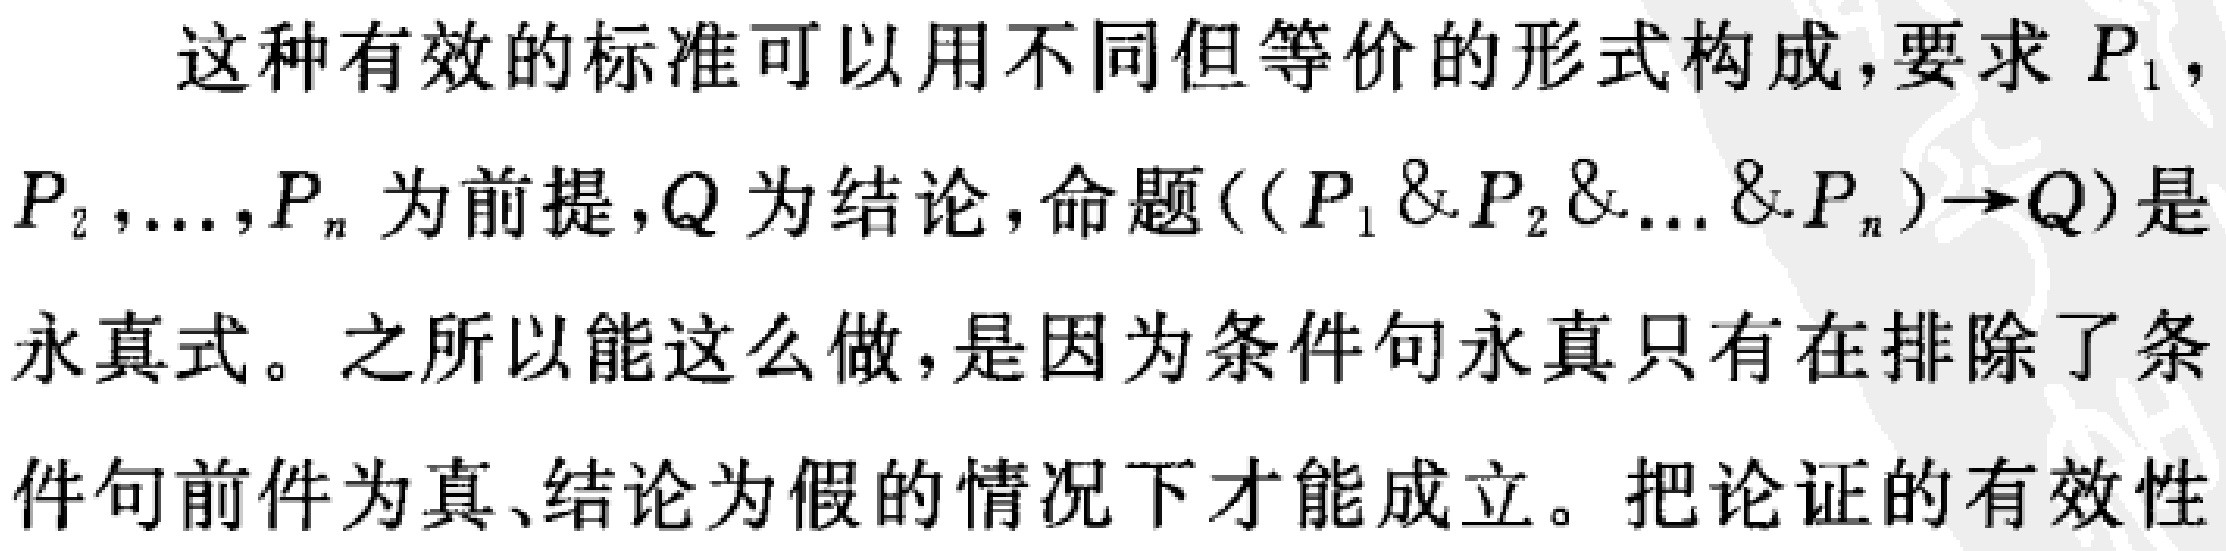
这种有效的标准可以用不同但等价的形式构成,要求 \(P_{1}\), \(P_{2},\ldots,P_{n}\) 为前提, \(Q\) 为结论,命题\(((P_{1}\& P_{2}\& \ldots \& P_{n})\to Q)\) 是永真式。之所以能这么做,是因为条件句永真只有在排除了条件句前件为真、结论为假的情况下才能成立。把论证的有效性